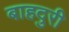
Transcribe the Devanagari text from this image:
बाहदुरी